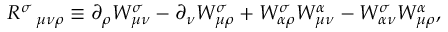
R ^ { \sigma } \, _ { \mu \nu \rho } \equiv \partial _ { \rho } W _ { \mu \nu } ^ { \sigma } - \partial _ { \nu } W _ { \mu \rho } ^ { \sigma } + W _ { \alpha \rho } ^ { \sigma } W _ { \mu \nu } ^ { \alpha } - W _ { \alpha \nu } ^ { \sigma } W _ { \mu \rho } ^ { \alpha } ,